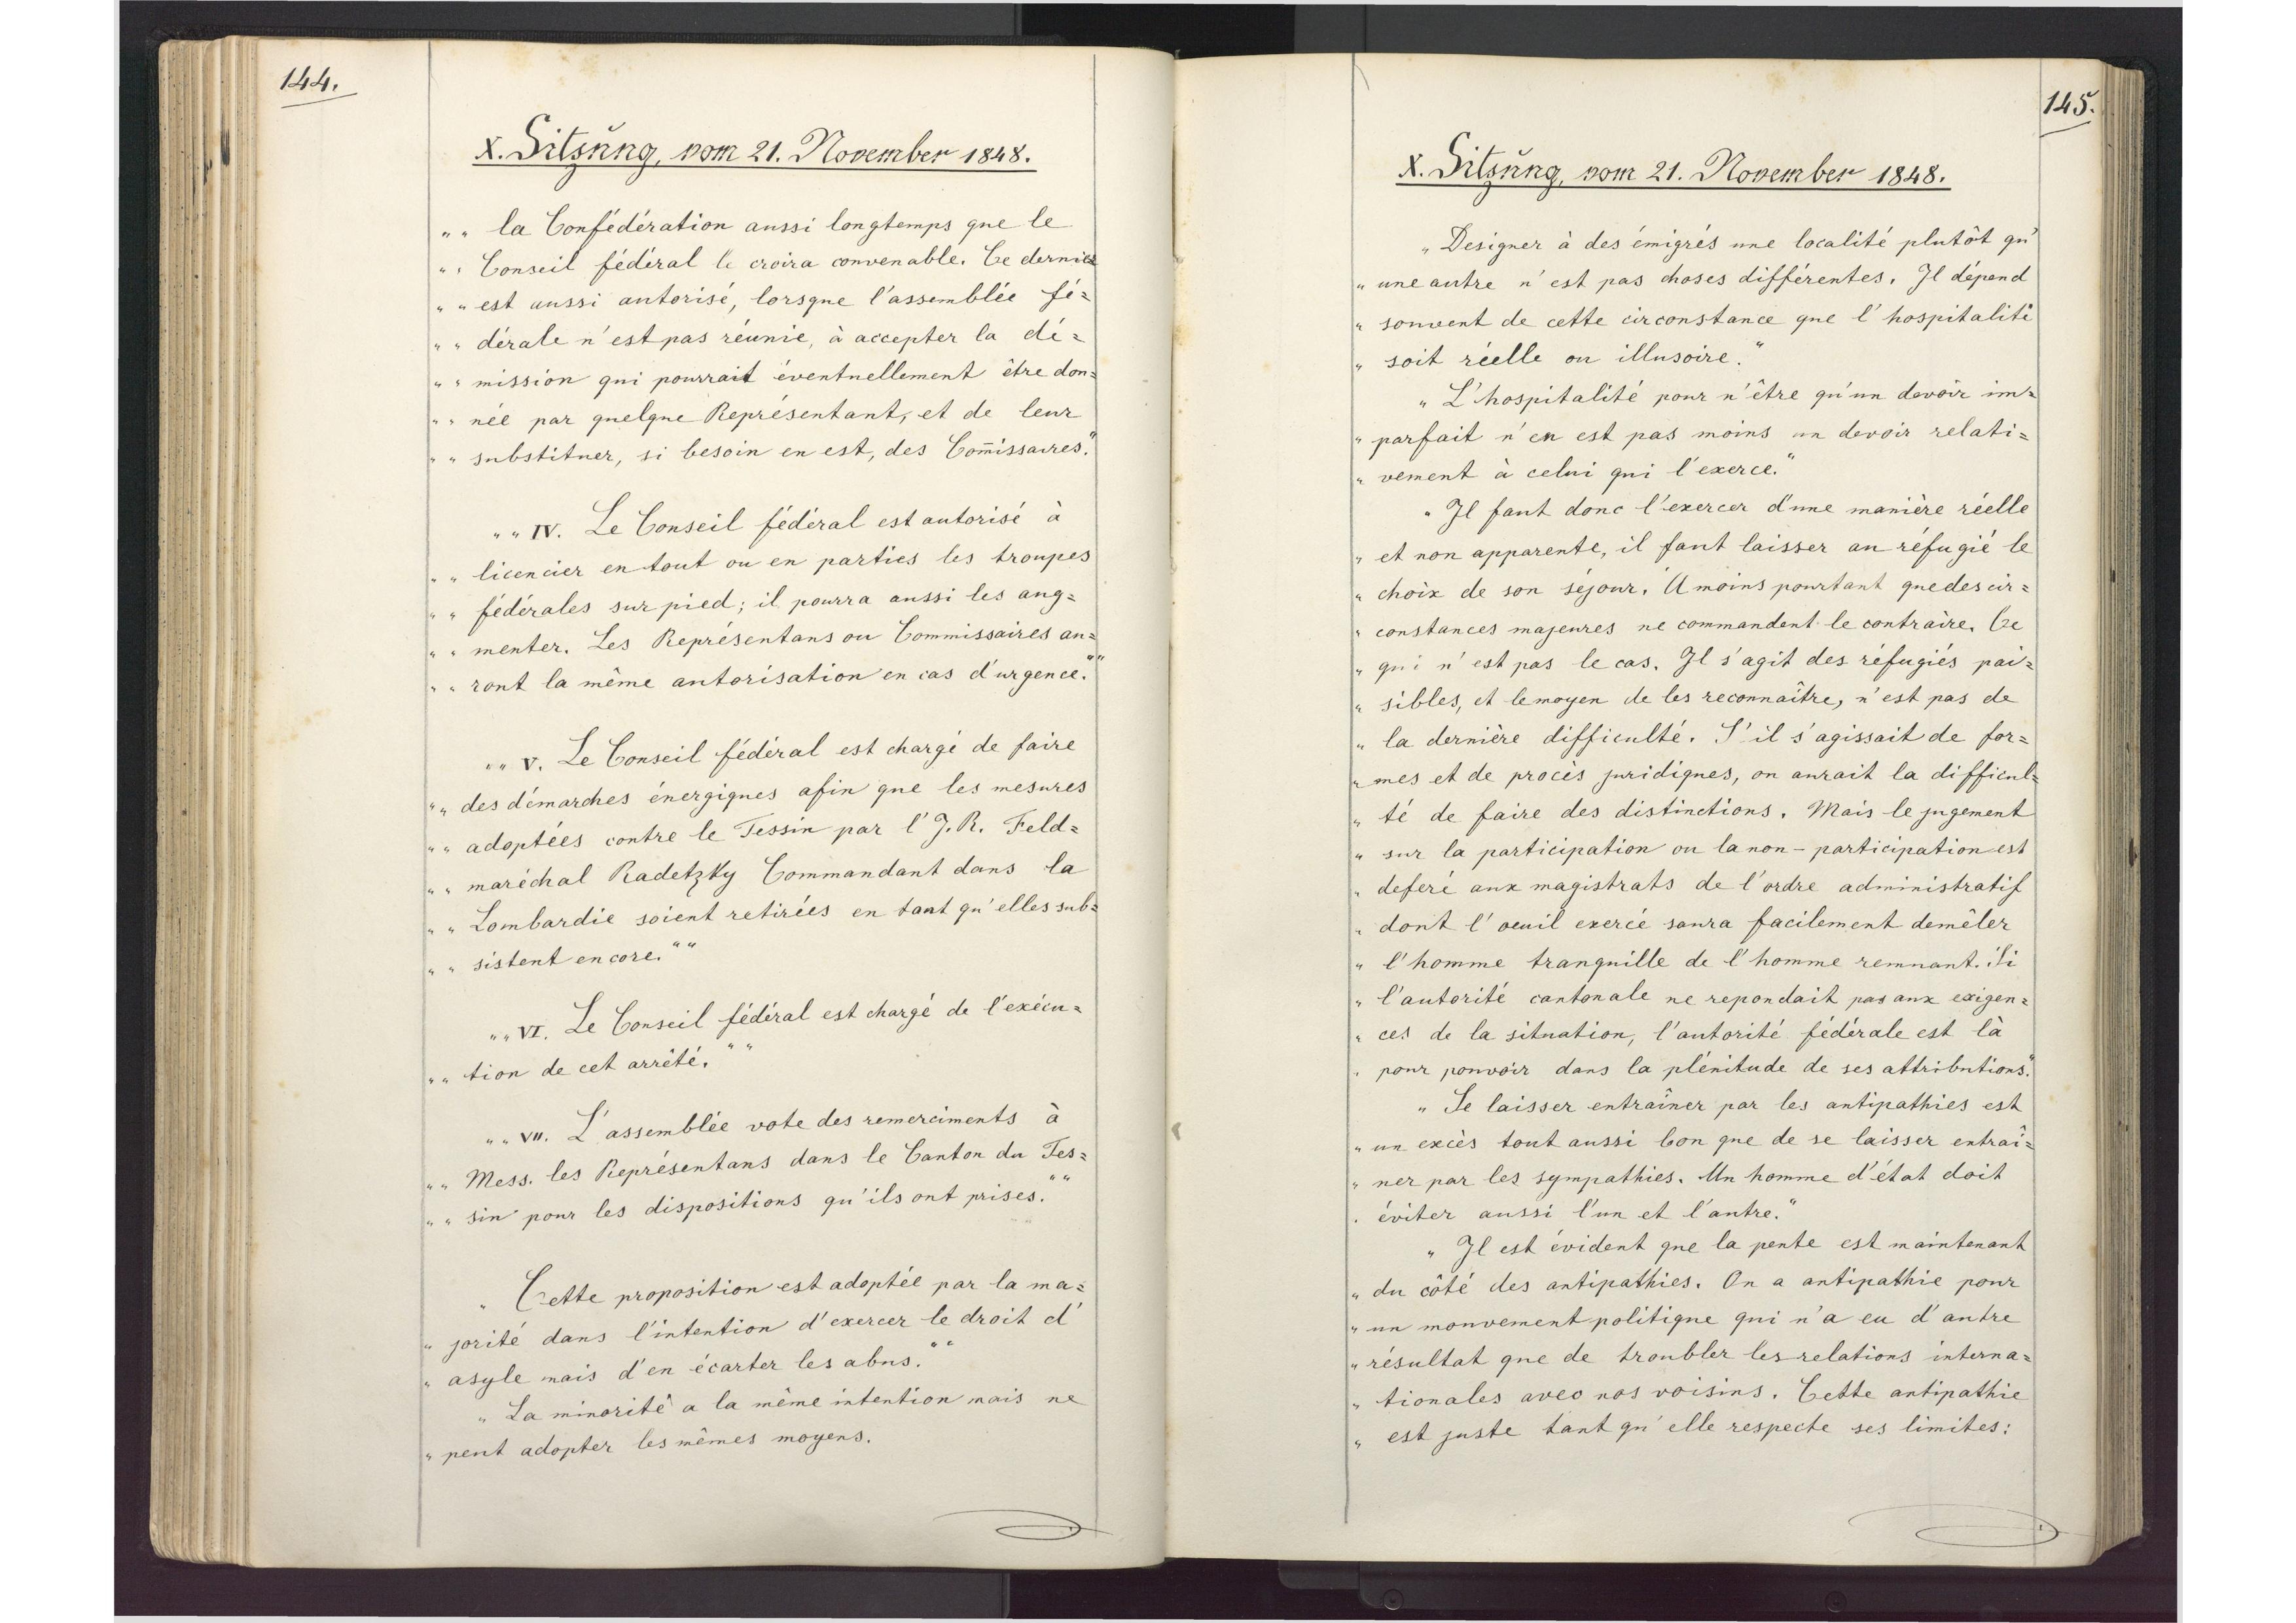
144.

X. Sitzung, vom 21. November 1848.

la Confédération aussi longtemps que le
Conseil fédéral le croira convenable. Ce dernier
est aussi autorisé, lorsque l`assemblée fé¬
dérale n`est pas réunie, à accepter la dé¬
mission qui pourrait éventuellement être don¬
née par quelque Représentant, et de leur
substituer, si besoin en est, des Commissaires.
IV. Le Conseil fédéral est autorisé à
licencier en tout ou en parties les troupes
fédérales sur pied; il pourra aussi les aug¬
menter. Les Représentans ou Commissaires au¬
ront la même autorisation en cas d`urgence.
V. Le Conseil fédéral est chargé de faire
des démarches énergiques afin que les mesures
adoptées contre le Tessin par l`J. R. Feld¬
maréchal Radetzky Commandant dans la
Lombardie soient retirées en tant qu`elles sub¬
sistent encore.
VI. Le Conseil fédéral est chargé de l`exécu¬
tion de cet arrété.
VII. L`assemblée vote des remerciments à
Mess. les Représentans dans le Canton du Tes¬
sin pour les dispositions qu`ils ont prises."
Cette proposition est adoptée par la ma¬
jorite dans l`intention d`exercer le droit d`
asyle mais d`en écarter les abus.
La minorité a la même intention mais ne
peut adopter les mêmes moyens.

145.

X. Sitzung, vom 21. November 1848.

Designer à des émigrés une localité plutôt qu`
une autre n`est pas choses différentes. Il dépend
souvent de cette circonstance que l`hospitalité
soit réelle ou illusoire.
L`hospitalité pour n`être qu`un dovoir im¬
parfait n`en est pas moins un devoir relati¬
vement à celui qui l`exerce.
Il faut donc l`exercer d`une maniàre réelle
et non apparente, il faut laisser au réfugié le
choix de son séjour. Amoins pourtant que des cir¬
constances majeures ne commandent le contraire Ce
qui n`est pas le cas. Il s`agit des réfugiés pai¬
sibles, et le moyen de les reconnaître, n`est pas de
la dernière difficulté. S`il s`agissait de for¬
mes et de procès juridiques, on aurait la difficul¬
té de faire des distinctions. Mais le jugement
sur la participation ou la non - participation est
deferé aux manistrats de l`ordre administratif
dont l`oeuil exercé saura facilement demêler
l`homme tranquille de l`homme remnant. Si
l`autorité cantonale ne repondait pas aux exigen¬
ces de la situation, l`autorité fédérale est là
pour pouvoir dans la plénitude de ses attributions.
Se laisser entraîner par les antipathies est
un excès tout aussi bon que de se laisser entraî¬
ner par les sympathies. Un homme d`état doit
éviter aussi l`un et l`autre.
Il est évident que la pente est maintenant
du côté des antipathies. On a antipathie pour
un mouvement politique qui n`a eu d`autre
résultat que de troubler les relations interna¬
tionales avec nos voisins. Cette antipathie
est juste tant qu`elle respecte ses limites: